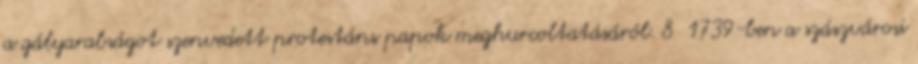
a gályarabságot szenvedett protestáns papok meghurcoltatásáról. 8 1739-ben a szászvárosi